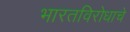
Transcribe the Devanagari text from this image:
भारतविरोधाचे